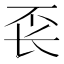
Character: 𰿖